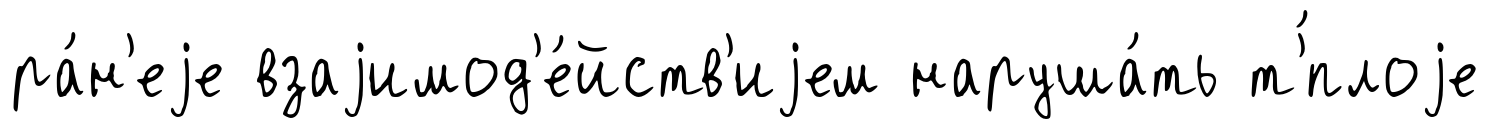
ра́н'еjе взаjимод'е́йств'иjем наруша́ть т'́плоjе